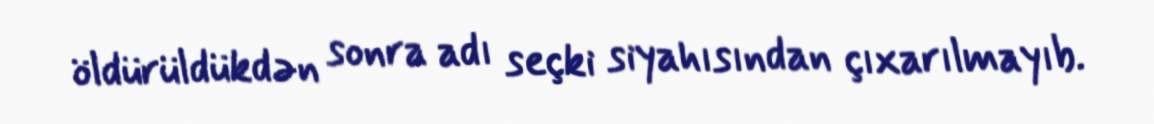
öldürüldükdən sonra adı seçki siyahısından çıxarılmayıb.